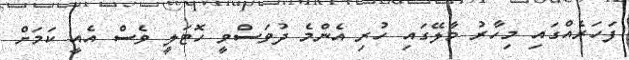
ފަހަރެއްގައި މިހާރު މާލޭގައި ހުރި އެންމެ ދުވަސްވީ ހޮޓަލީ ވެސް އެއީ ކަމަށް